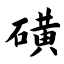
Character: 磺